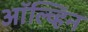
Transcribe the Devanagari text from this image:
ऑल्व्हिन